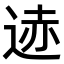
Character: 𫐨